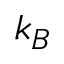
k _ { B }